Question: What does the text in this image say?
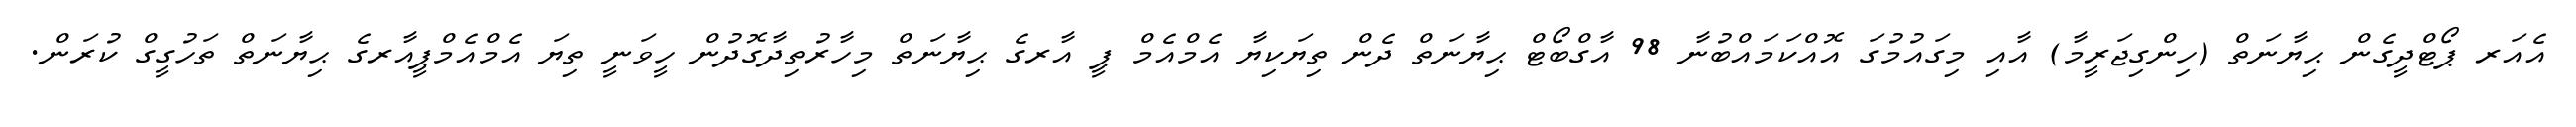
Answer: އެއަރ ޕޯޓްދީގެން ޙިޔާނަތް (ހިންގިޖަރީމާ) އާއި މިގައުމުގަ އޮއްކަމައްބުނާ 98 އާގްބޯޓް ޙިޔާނަތް ދެން ތިޔަކިޔާ އެމްއެމް ޕީ އާރގެ ޙިޔާނަތް މިހާރުތިދާގޮދުން ހީވަނީ ތިޔަ އެމްއެމްޕީއާރގެ ޙިޔާނަތް ތަހުގީގް ކުރަން.